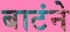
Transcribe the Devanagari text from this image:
बाटंने